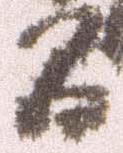
間